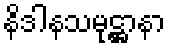
နိဒါနသမုဋ္ဌာနာ